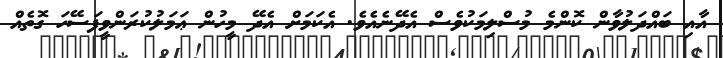
އާއި ބައްދަލުވާން ކޮންމެ މުސްލިމަކުވެސް އެދޭނެއެވެ. އެކަމަށް އެދޭ މީހުން ޢަމަލުކުރަންވީފަސޭހަ ގޮތެއް